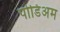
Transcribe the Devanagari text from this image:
पोडिअम